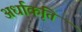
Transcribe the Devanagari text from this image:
अर्धाकृति